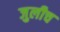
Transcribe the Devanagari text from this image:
जुलीच